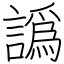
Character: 譌